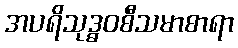
အပရိသုဒ္ဓဝစီသမာစာရာ